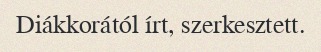
Diákkorától írt, szerkesztett.